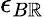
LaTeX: \epsilon_{B\mathbb{R}}